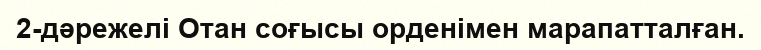
2-дәрежелі Отан соғысы орденімен марапатталған.